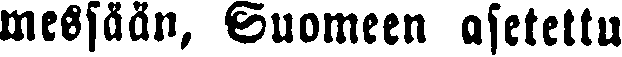
messään, Suomeen asetettu